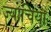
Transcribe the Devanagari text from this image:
ज्याचिया